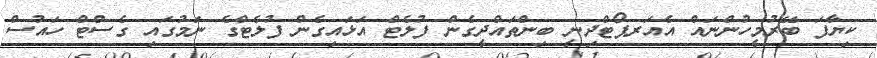
ކިޔާފަ ބޭރުމީހުންނައް އެއަރޕޯޓްދިނީ ބިންތައްދީގެން ފުލެޓް އަޅައިގެން ފުލެޓްގެ ނަމުގައި ގެސްޓް ހައުސް